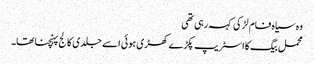
وہ سیاہ فام لڑکی کہہ رہی تھی
محمل بیگ کا اسٹریپ پکڑے کھڑی ہوئی اسے جلدی کالج پہنچنا تھا۔